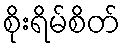
စိုးရိမ်စိတ်